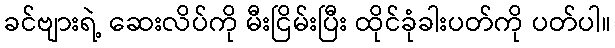
ခင်ဗျားရဲ့ ဆေးလိပ်ကို မီးငြိမ်းပြီး ထိုင်ခုံခါးပတ်ကို ပတ်ပါ။